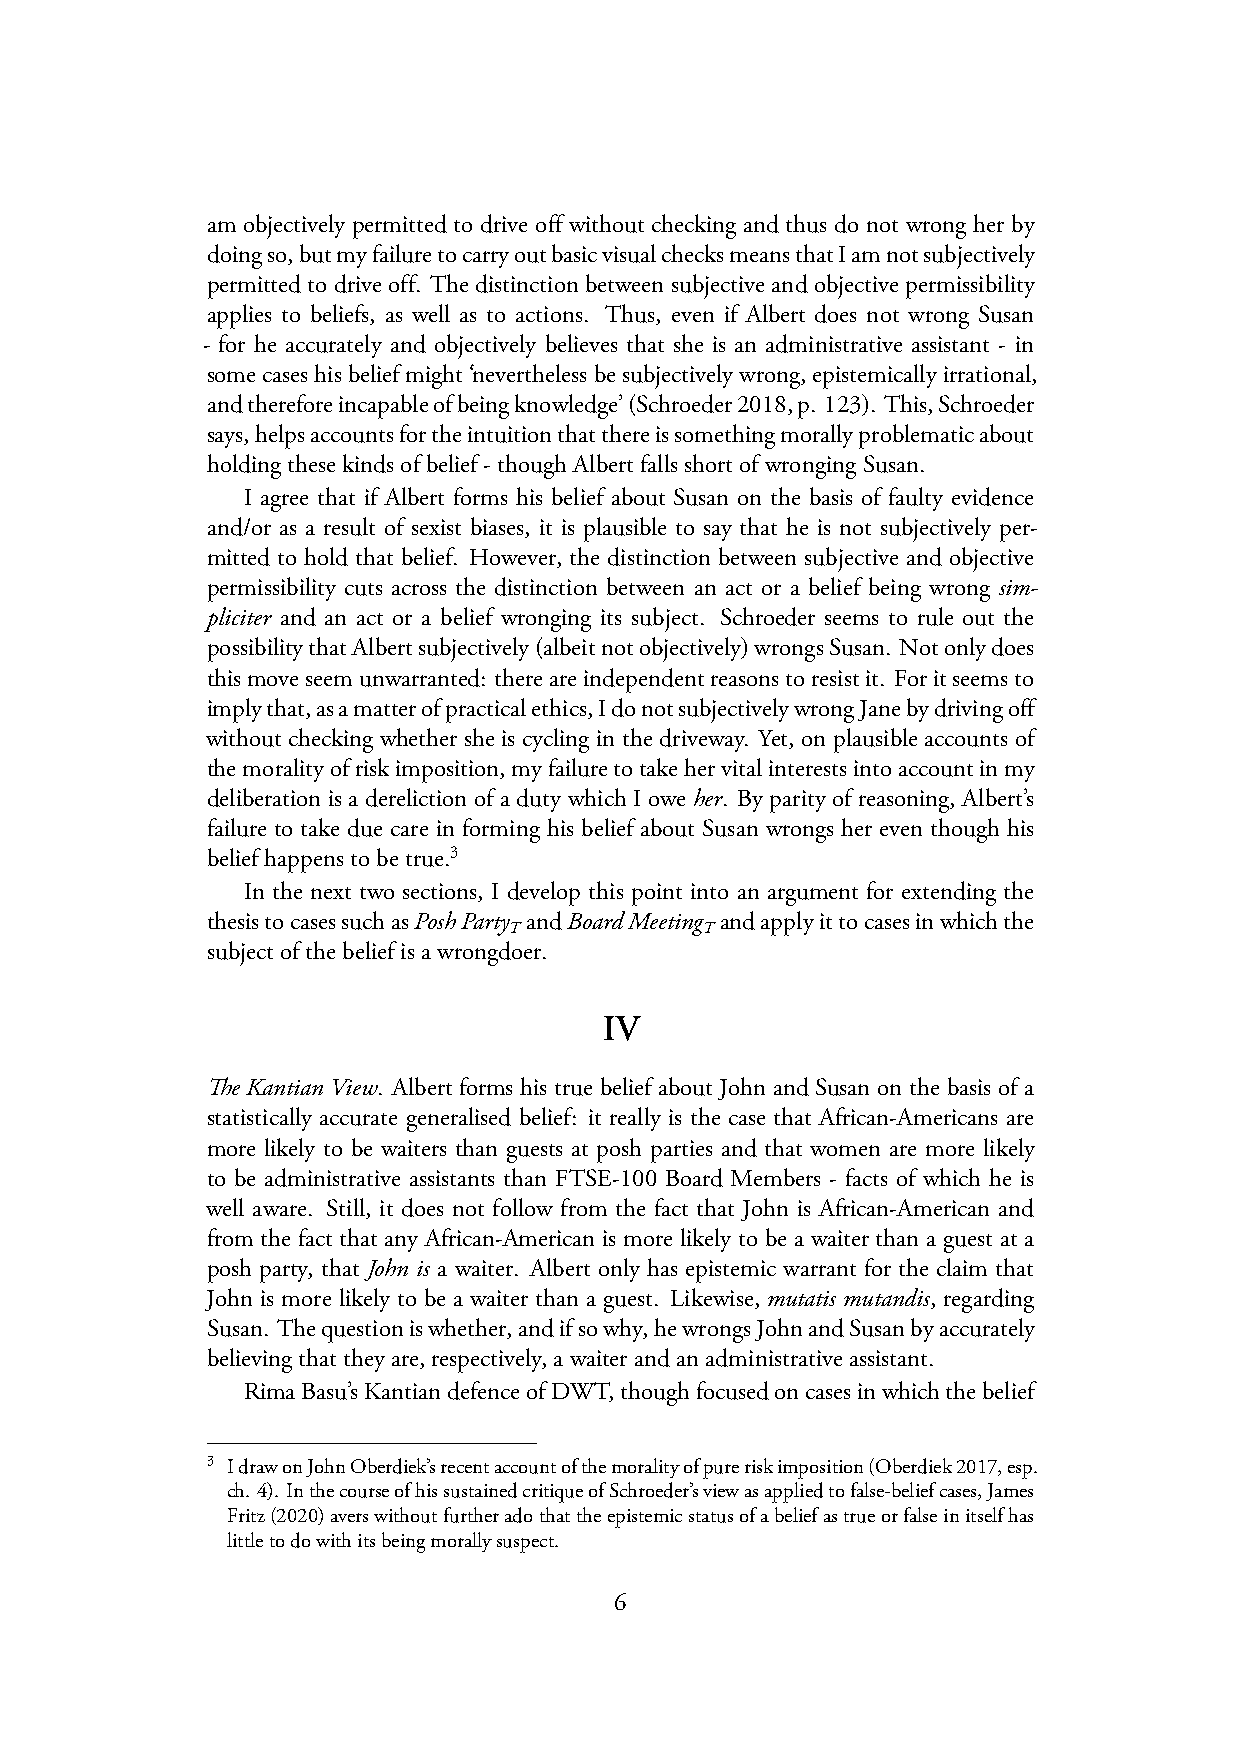
am objectively permitted to drive off without checking and thus do not wrong her by
 doingso,butmyfailuretocarryoutbasicvisualchecksmeansthatIamnotsubjectively
 permitted to drive off. The distinction between subjective and objective permissibility
 applies to beliefs, as well as to actions. Thus, even if Albert does not wrong Susan
 - for he accurately and objectively believes that she is an administrative assistant - in
 somecaseshisbeliefmight‘neverthelessbesubjectivelywrong,epistemicallyirrational,
 andthereforeincapableofbeingknowledge’(Schroeder2018,p. 123). This,Schroeder
 says,helpsaccountsfortheintuitionthatthereissomethingmorallyproblematicabout
 holdingthesekindsofbelief-thoughAlbertfallsshortofwrongingSusan.
 I agree that if Albert forms his belief about Susan on the basis of faulty evidence
 and/or as a result of sexist biases, it is plausible to say that he is not subjectively per-
 mitted to hold that belief. However, the distinction between subjective and objective
 permissibility cuts across the distinction between an act or a belief being wrong sim-
 pliciter and an act or a belief wronging its subject. Schroeder seems to rule out the
 possibilitythatAlbertsubjectively(albeitnotobjectively)wrongsSusan. Notonlydoes
 thismoveseemunwarranted: thereareindependentreasonstoresistit. Foritseemsto
 implythat,asamatterofpracticalethics,IdonotsubjectivelywrongJanebydrivingoff
 without checking whether she is cycling in the driveway. Yet, on plausible accounts of
 themoralityofriskimposition,myfailuretotakehervitalinterestsintoaccountinmy
 deliberation is a dereliction of a duty which I owe her. By parity of reasoning, Albert’s
 failure to take due care in forming his belief about Susan wrongs her even though his
 beliefhappenstobetrue.3
 In the next two sections, I develop this point into an argument for extending the
 thesistocasessuchasPoshParty andBoardMeeting andapplyittocasesinwhichthe
 T            T
 subjectofthebeliefisawrongdoer.
 IV
 The Kantian View. Albert forms his true belief about John and Susan on the basis of a
 statistically accurate generalised belief: it really is the case that African-Americans are
 more likely to be waiters than guests at posh parties and that women are more likely
 to be administrative assistants than FTSE-100 Board Members - facts of which he is
 well aware. Still, it does not follow from the fact that John is African-American and
 from the fact that any African-American is more likely to be a waiter than a guest at a
 posh party, that John is a waiter. Albert only has epistemic warrant for the claim that
 John is more likely to be a waiter than a guest. Likewise, mutatis mutandis, regarding
 Susan. Thequestioniswhether,andifsowhy,hewrongsJohnandSusanbyaccurately
 believingthattheyare,respectively,awaiterandanadministrativeassistant.
 RimaBasu’sKantiandefenceofDWT,thoughfocusedoncasesinwhichthebelief
 3 IdrawonJohnOberdiek’srecentaccountofthemoralityofpureriskimposition(Oberdiek2017,esp.
 ch. 4). InthecourseofhissustainedcritiqueofSchroeder’sviewasappliedtofalse-beliefcases,James
 Fritz(2020)averswithoutfurtheradothattheepistemicstatusofabeliefastrueorfalseinitselfhas
 littletodowithitsbeingmorallysuspect.
 6